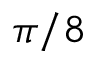
\pi / 8